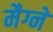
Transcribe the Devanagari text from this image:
मैग्ने